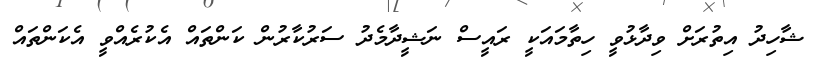
ޝާހިދު އިތުރަށް ވިދާޅުވީ ހިތާމައަކީ ރައީސް ނަޝީދާމެދު ސަރުކާރުން ކަންތައް އެކުރެއްވީ އެކަންތައް